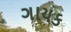
ગાયક